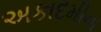
અકાદમીના